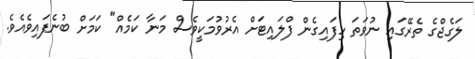
ލަގެޖްގެ ތެރޭގައި ނުވަތަ ހިފައިގެން ފްލައިޓަށް އެރުވުމަކީވެސް މަނާ ކަމެއް" ކަމަށް ބުނެފައިވެއެވެ.